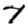
Digit: 7